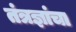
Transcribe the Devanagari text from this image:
तंत्रज्ञांचा